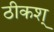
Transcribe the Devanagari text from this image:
ठीकश्